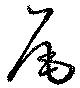
尾